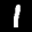
Label: 1